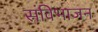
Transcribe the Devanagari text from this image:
संविभाजन